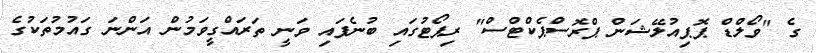
ގެ "ވޯލްޑް ޕޮޕިއުލޭޝަން ޕްރޮސްޕެކްޓްސް" ރިޕޯޓުގައި ބުނެފައި ވަނީ ތަރައްގީވަމުން އަންނަ ގައުމުތަކުގެ